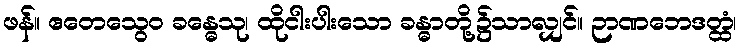
ဖန်။ ဧတေသွေဝ ခန္ဓေသု၊ ထိုငါးပါးသော ခန္ဓာတို့၌သာလျှင်။ ဉာဏဘေဒတ္ထံ၊